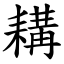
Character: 耩